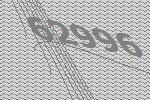
62996